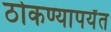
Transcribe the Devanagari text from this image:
ठोकण्यापर्यंत